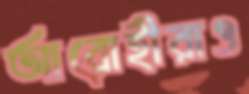
আরোহীরাও